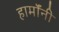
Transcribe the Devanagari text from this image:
हार्मॉनी